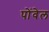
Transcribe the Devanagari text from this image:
पोंवेल